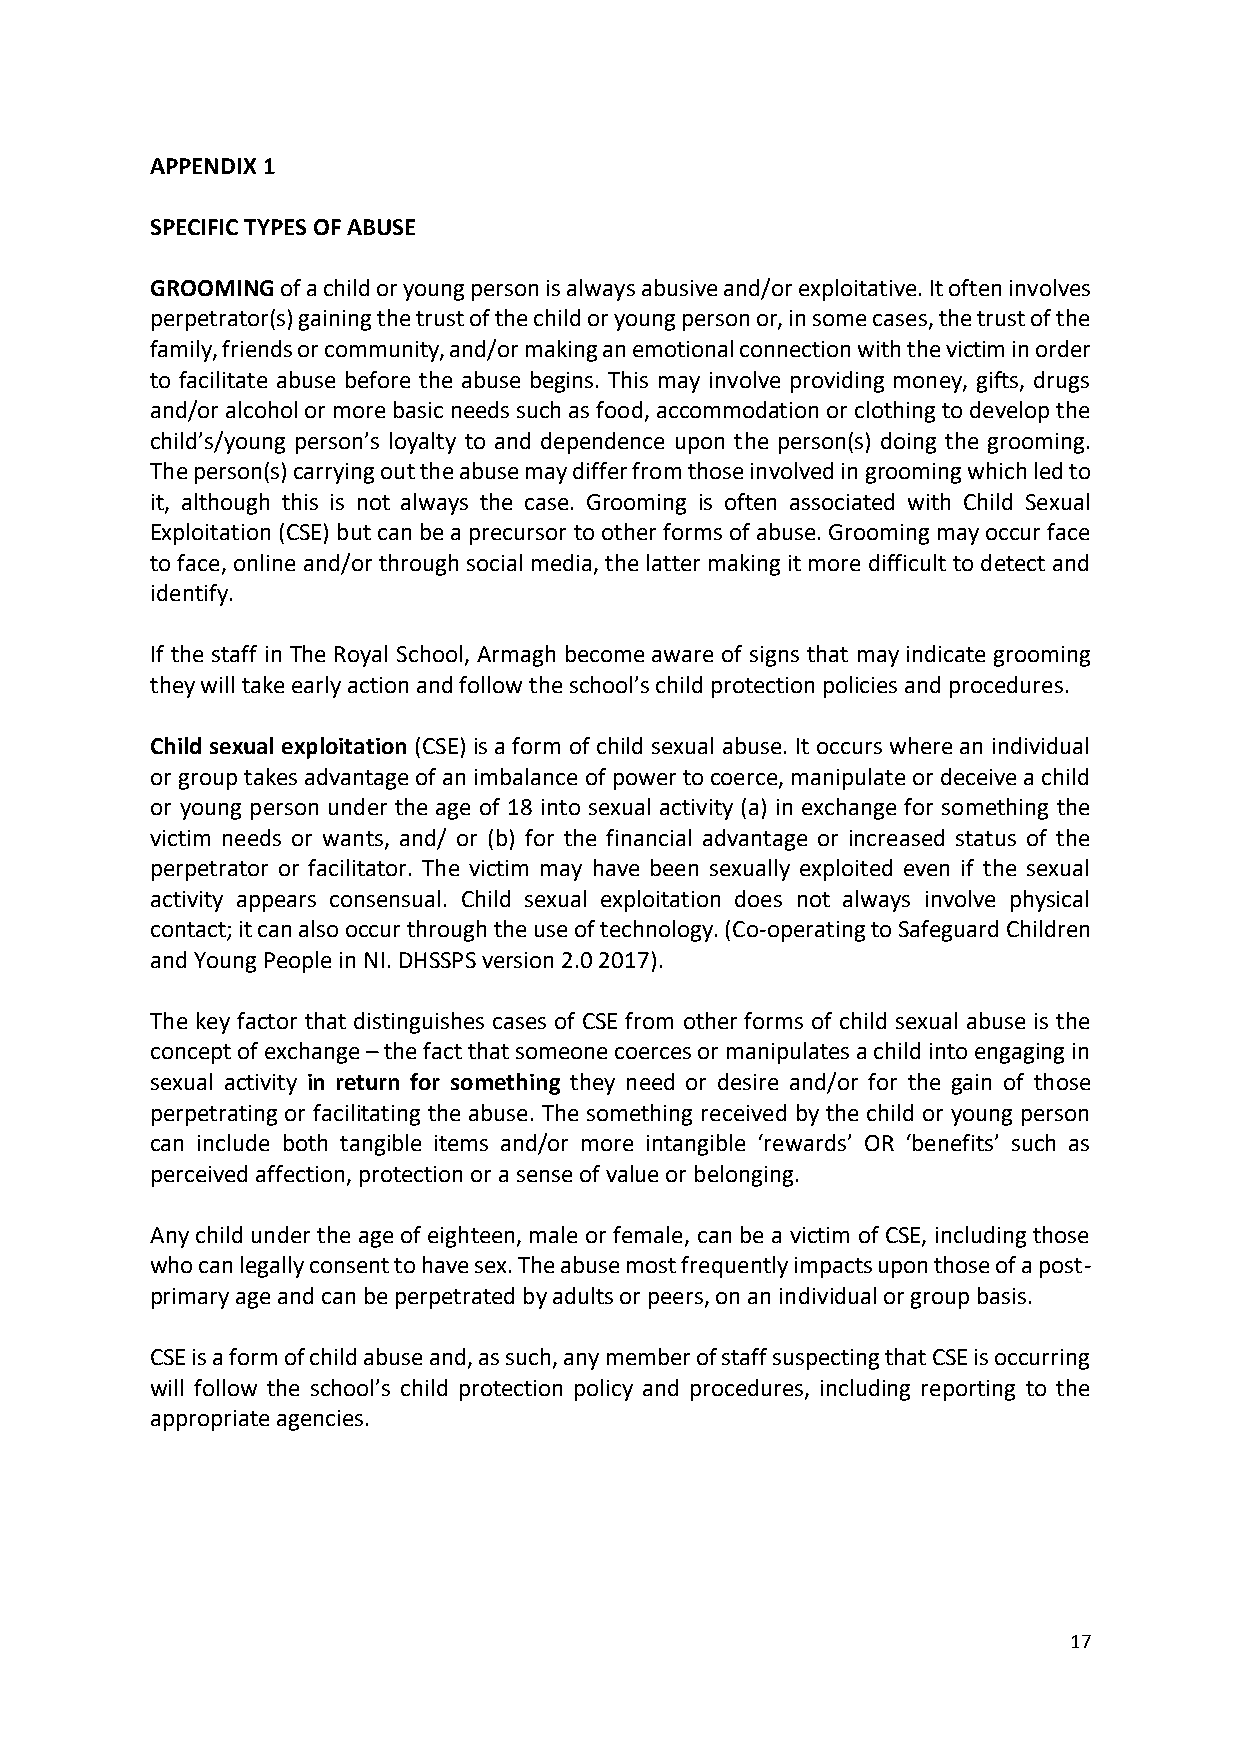
APPENDIX 1
 SPECIFIC TYPES OF ABUSE
 GROOMING of a child or young person is always abusive and/or exploitative. It often involves
 perpetrator(s) gaining the trust of the child or young person or, in some cases, the trust of the
 family, friends or community, and/or making an emotional connection with the victim in order
 to facilitate abuse before the abuse begins. This may involve providing money, gifts, drugs
 and/or alcohol or more basic needs such as food, accommodation or clothing to develop the
 child’s/young person’s loyalty to and dependence upon the person(s) doing the grooming.
 The person(s) carrying out the abuse may differ from those involved in grooming which led to
 it, although this is not always the case. Grooming is often associated with Child Sexual
 Exploitation (CSE) but can be a precursor to other forms of abuse. Grooming may occur face
 to face, online and/or through social media, the latter making it more difficult to detect and
 identify.
 If the staff in The Royal School, Armagh become aware of signs that may indicate grooming
 they will take early action and follow the school’s child protection policies and procedures.
 Child sexual exploitation (CSE) is a form of child sexual abuse. It occurs where an individual
 or group takes advantage of an imbalance of power to coerce, manipulate or deceive a child
 or young person under the age of 18 into sexual activity (a) in exchange for something the
 victim needs or wants, and/ or (b) for the financial advantage or increased status of the
 perpetrator or facilitator. The victim may have been sexually exploited even if the sexual
 activity appears consensual. Child sexual exploitation does not always involve physical
 contact; it can also occur through the use of technology. (Co-operating to Safeguard Children
 and Young People in NI. DHSSPS version 2.0 2017).
 The key factor that distinguishes cases of CSE from other forms of child sexual abuse is the
 concept of exchange – the fact that someone coerces or manipulates a child into engaging in
 sexual activity in return for something they need or desire and/or for the gain of those
 perpetrating or facilitating the abuse. The something received by the child or young person
 can include both tangible items and/or more intangible ‘rewards’ OR ‘benefits’ such as
 perceived affection, protection or a sense of value or belonging.
 Any child under the age of eighteen, male or female, can be a victim of CSE, including those
 who can legally consent to have sex. The abuse most frequently impacts upon those of a post-
 primary age and can be perpetrated by adults or peers, on an individual or group basis.
 CSE is a form of child abuse and, as such, any member of staff suspecting that CSE is occurring
 will follow the school’s child protection policy and procedures, including reporting to the
 appropriate agencies.
 17